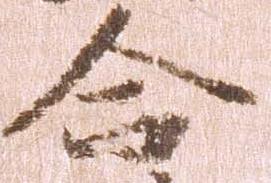
合